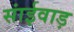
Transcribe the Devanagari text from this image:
सांईवाड़